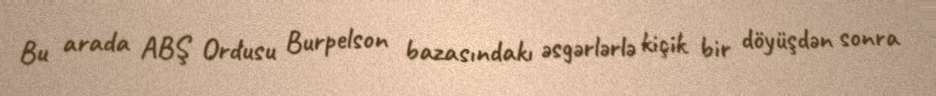
Bu arada ABŞ Ordusu Burpelson bazasındakı əsgərlərlə kiçik bir döyüşdən sonra